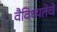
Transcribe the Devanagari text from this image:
वैविध्यतेचे